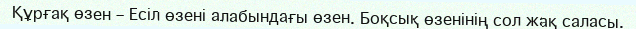
Құрғақ өзен – Есіл өзені алабындағы өзен. Боқсық өзенінің сол жақ саласы.